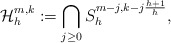
\begin{align*}\mathcal{H}_h^{m,k}:=\bigcap_{j\geq 0}S_h^{m-j,k-j\frac{h+1}{h}},\end{align*}